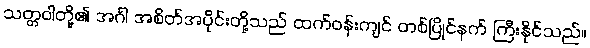
သတ္တဝါတို့၏ အင်္ဂါ အစိတ်အပိုင်းတို့သည် ထက်ဝန်းကျင် တစ်ပြိုင်နက် ကြီးနိုင်သည်။